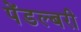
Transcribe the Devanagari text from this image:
पेंडल्बरी